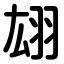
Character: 翃